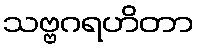
သဗ္ဗဂရဟိတာ